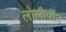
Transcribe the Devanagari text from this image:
लोलीपोप